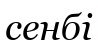
сенбі